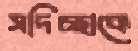
সদিচ্ছাকে